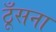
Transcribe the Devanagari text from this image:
ठूँसना